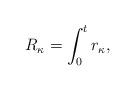
LaTeX: \begin{align*}R_\kappa = \int_0^t r_\kappa,\end{align*}